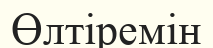
Өлтіремін